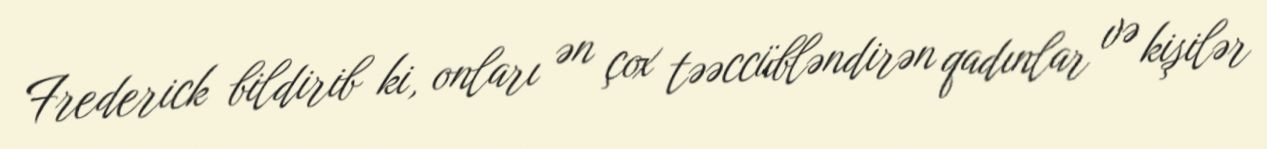
Frederick bildirib ki, onları ən çox təəccübləndirən qadınlar və kişilər